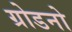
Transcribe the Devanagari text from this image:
ग्रोडनो